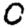
Digit: 0